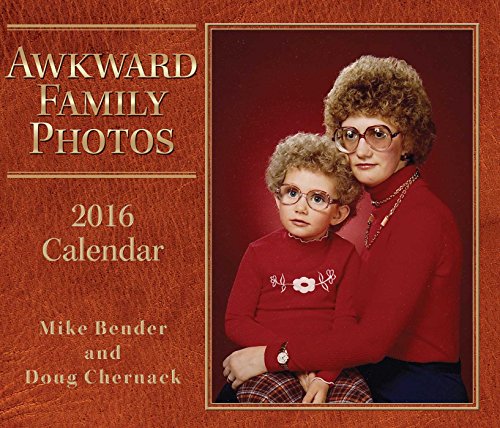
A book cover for Awkward Family Photos 2016 Day-to-Day Calendar; Mike Bender; Calendars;